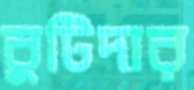
বুটিদার